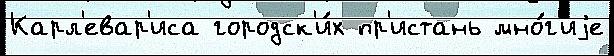
Карл'евар'иса городск'и́х пр'истань мно́г'иjе